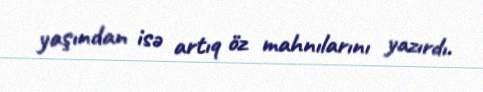
yaşından isə artıq öz mahnılarını yazırdı.